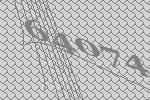
64074